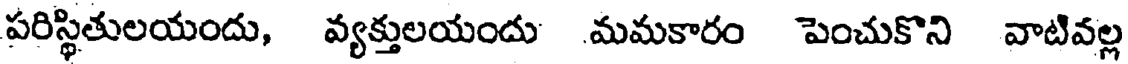
పరిస్థితులయందు, వ్యక్తులయందు మమకారం పెంచుకొని వాటివల్ల